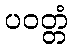
ပဝတ္တံ